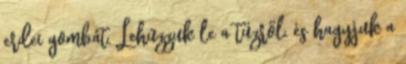
erdei gombát. Lehúzzuk le a tűzről, és hagyjuk a